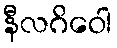
နီလဂိဝေါ